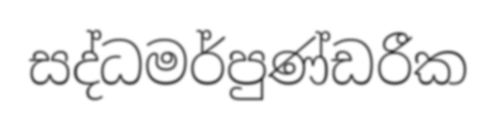
සද්ධමර්පුණ්ඩරීක